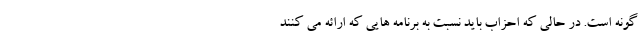
گونه است. در حالی که احزاب باید نسبت به برنامه هایی که ارائه می کنند